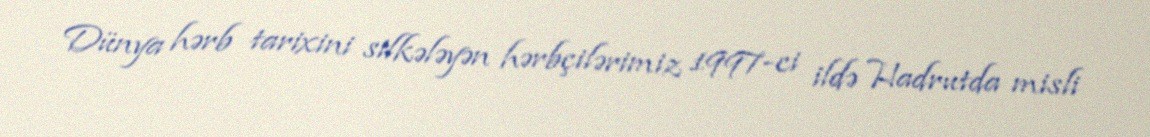
Dünya hərb tarixini silkələyən hərbçilərimiz 1997-ci ildə Hadrutda misli